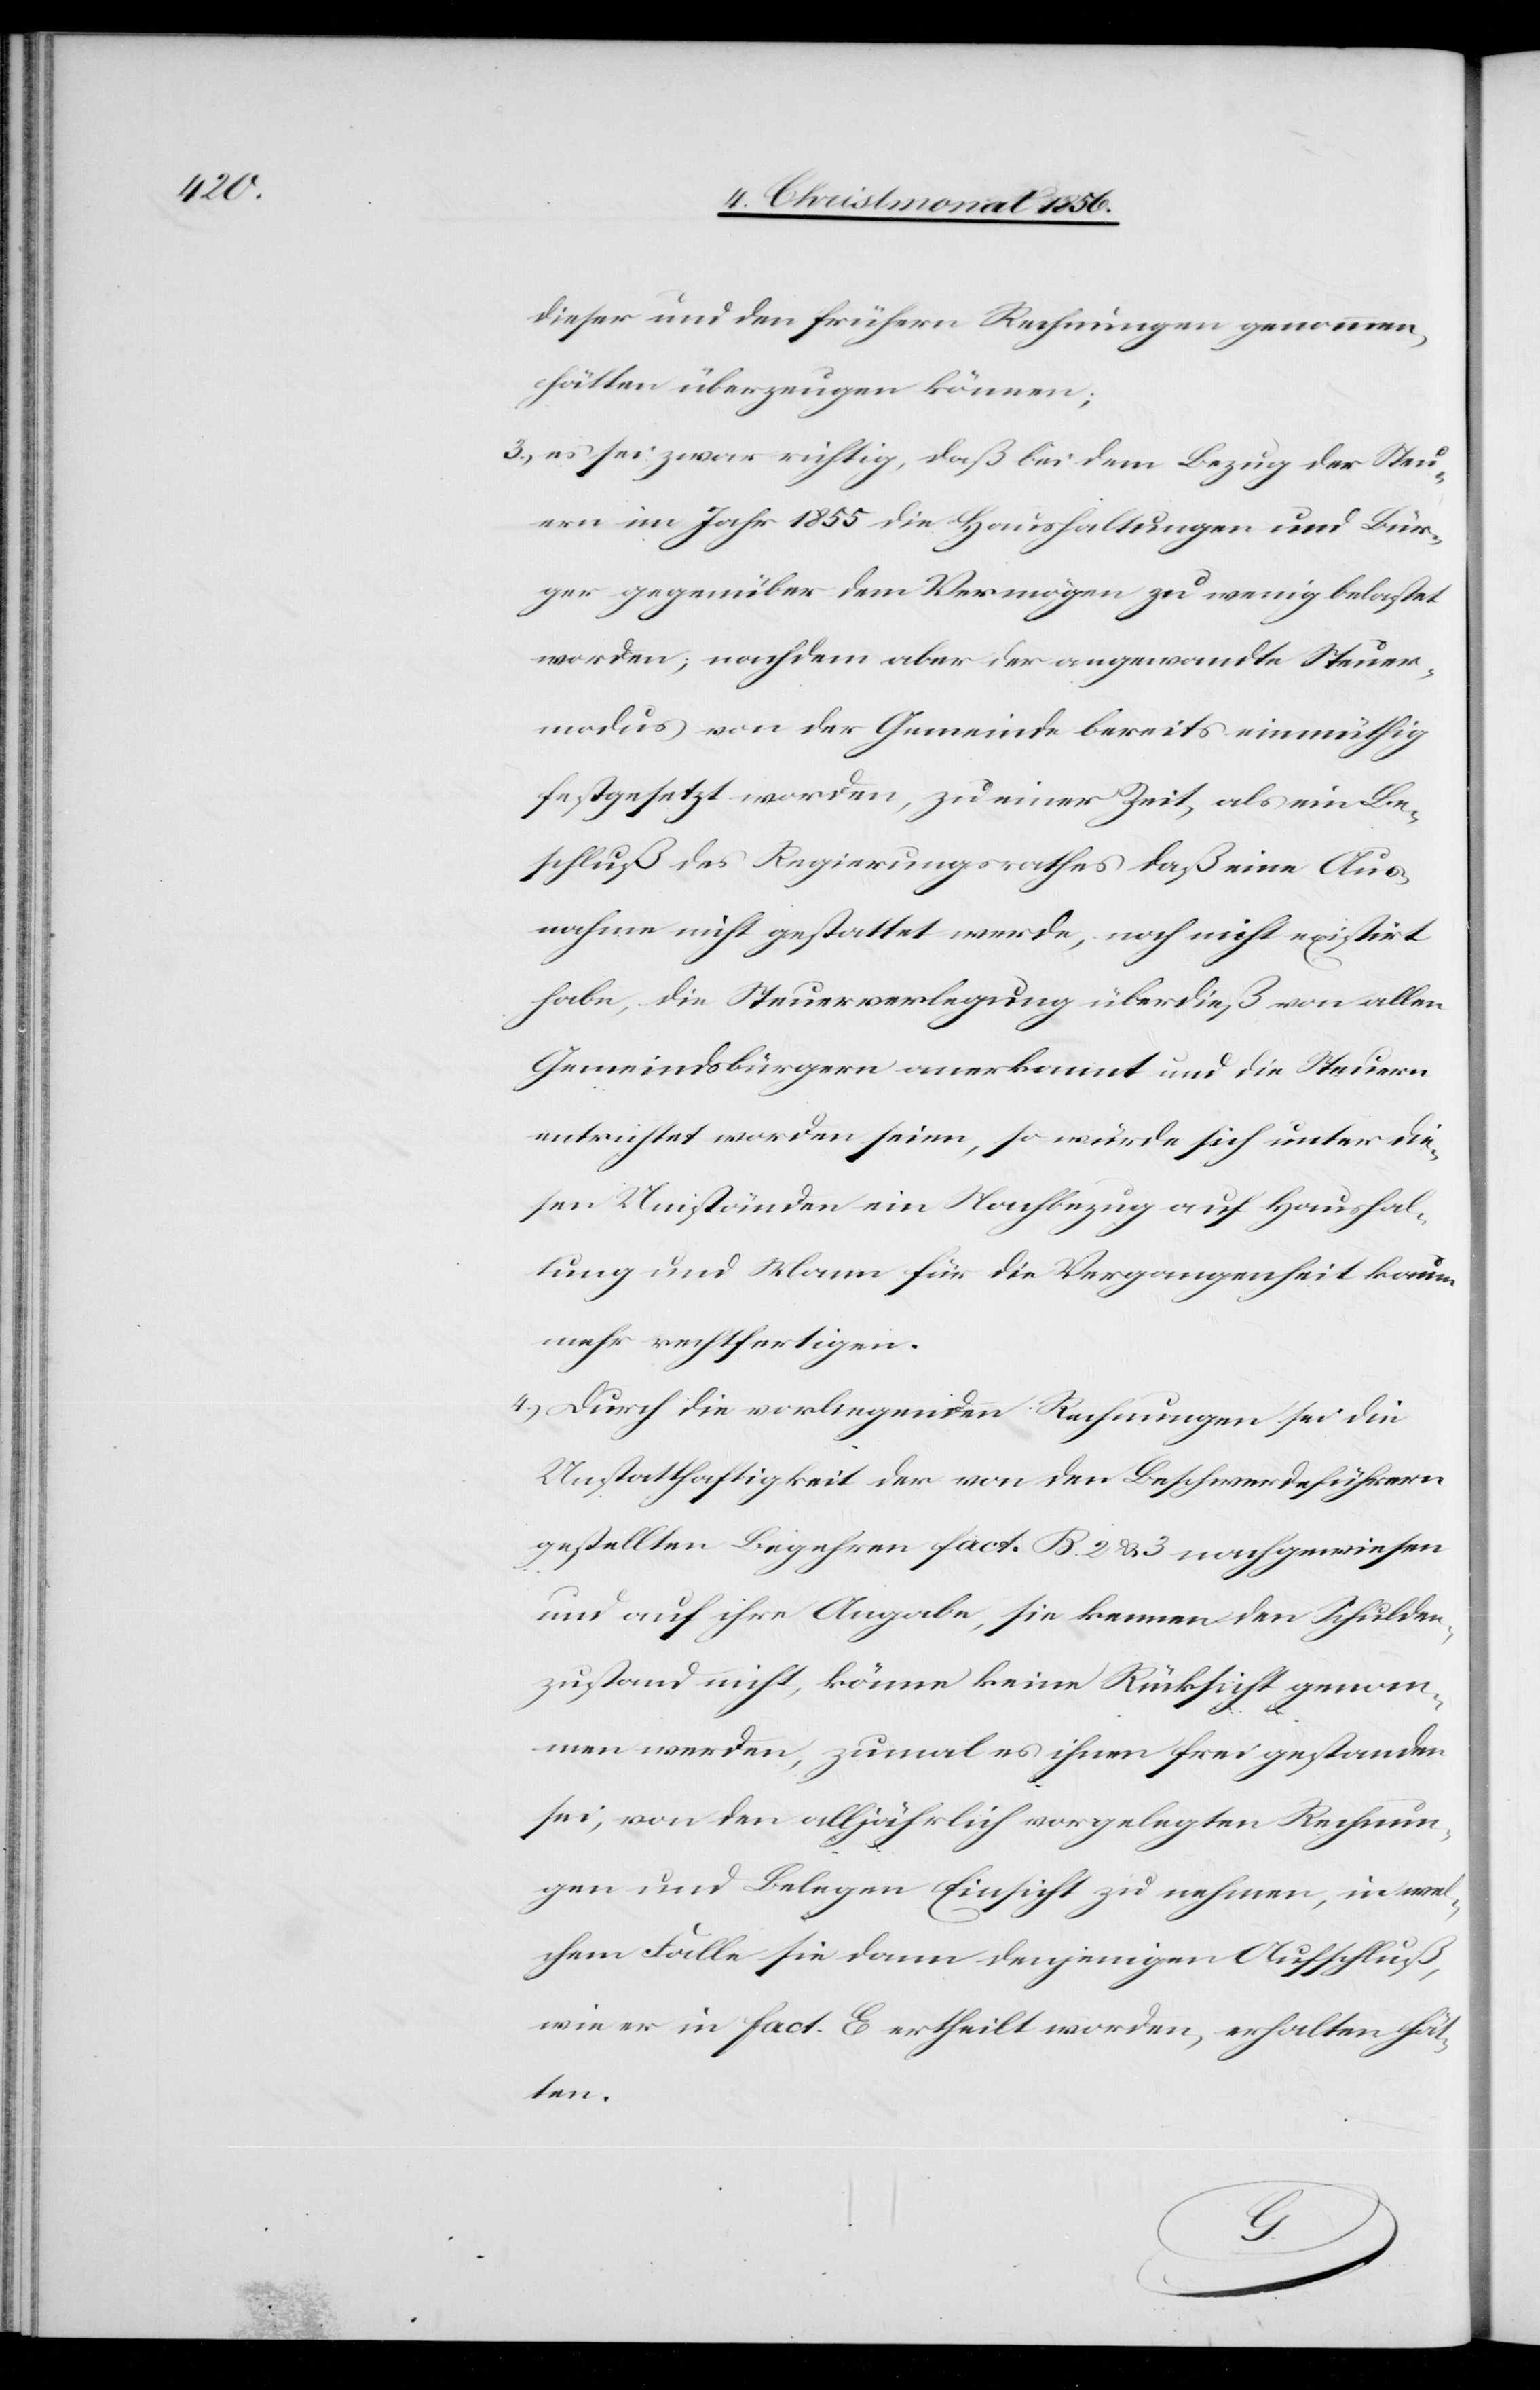
dieser und den frühern Rechnungen genommen,
hätten überzeugen können;
3.) es sei zwar richtig, daß bei dem Bezug der Steu¬
ern im Jahr 1855 die Haushaltungen und Bür¬
ger gegenüber dem Vermögen zu wenig belastet
worden; nachdem aber der angewandte Steuer¬
modus von der Gemeinde bereits einmüthig
festgesetzt worden, zu einer Zeit, als ein Be¬
schluß des Regierungsrathes daß eine Aus¬
nahme nicht gestattet werde, noch nicht existirt
habe, die Steuerverlegung überdieß von allen
Gemeindsbürgern anerkannt und die Steuern
entrichtet worden seien, so würde sich unter die¬
sen Umständen ein Nachbezug auf Haushal¬
tung und Mann für die Vergangenheit kaum
mehr rechtfertigen.
4.) Durch die vorliegenden Rechnungen sei die
Unstatthaftigkeit der von den Beschwerdeführern
gestellten Begehren fact. B. 2 & 3 nachgewiesen
und auf ihre Angabe, sie kennen den Schulden¬
zustand nicht, könne keine Rücksicht genom¬
men werden, zumal es ihnen frei gestanden
sei, von den alljährlich vorgelegten Rechnun¬
gen und Belegen Einsicht zu nehmen, in wel¬
chem Falle sie dann denjenigen Aufschluß,
wie er in fact. E ertheilt worden, erhalten hät¬
ten.